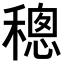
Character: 𥡥